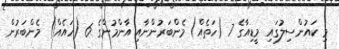
މި ކައުންސިލުގައި މީޑިއާގެ 7 (ހަތެއް) މެންބަރުންނާއި އާންމުންގެ 6 (ހައެއް) މެންބަރުން